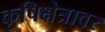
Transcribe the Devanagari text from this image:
कृषिक्षेत्रावर